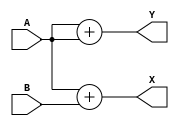
module test (A, B, X, Y);
input [7:0] A, B;
output [7:0] X = A + B;
output [7:0] Y = A + A;
endmodule